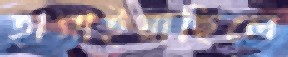
হাসাইয়াছিলে